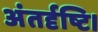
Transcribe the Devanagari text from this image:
अंतर्दृष्टि।